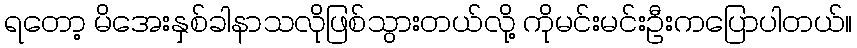
ရတော့ မိအေးနှစ်ခါနာသလိုဖြစ်သွားတယ်လို့ ကိုမင်းမင်းဦးကပြောပါတယ်။